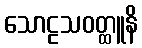
သောဠသဝတ္ထူနိ